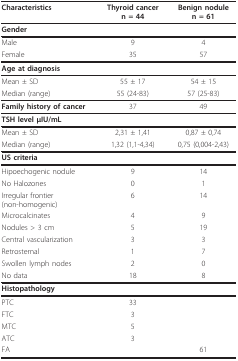
| Characteristics | Thyroid cancer n = 44 | Benign nodule n = 61 |
 | --- | --- | --- |
 | Gender |  |  |
 | Male | 9 | 4 |
 | Female | 35 | 57 |
 | Age at diagnosis |  |  |
 | Mean ± SD | 55 ± 17 | 54 ± 15 |
 | Median (range) | 55 (24-83) | 57 (25-83) |
 | Family history of cancer | 37 | 49 |
 | TSH level μIU/mL |  |  |
 | Mean ± SD | 2,31 ± 1,41 | 0,87 ± 0,74 |
 | Median (range) | 1,32 (1,1-4,34) | 0,75 (0,004-2,43) |
 | US criteria |  |  |
 | Hipoechogenic nodule | 9 | 14 |
 | No Halozones | 0 | 1 |
 | Irregular frontier (non-homogenic) | 6 | 14 |
 | Microcalcinates | 4 | 9 |
 | Nodules > 3 cm | 5 | 19 |
 | Central vascularization | 3 | 3 |
 | Retrosternal | 1 | 7 |
 | Swollen lymph nodes | 2 | 0 |
 | No data | 18 | 8 |
 | Histopathology |  |  |
 | PTC | 33 |  |
 | FTC | 3 |  |
 | MTC | 5 |  |
 | ATC | 3 |  |
 | FA |  | 61 |